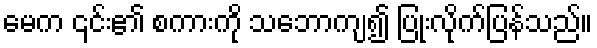
မေက ၎င်း၏ စကားကို သဘောကျ၍ ပြုံးလိုက်ပြန်သည်။